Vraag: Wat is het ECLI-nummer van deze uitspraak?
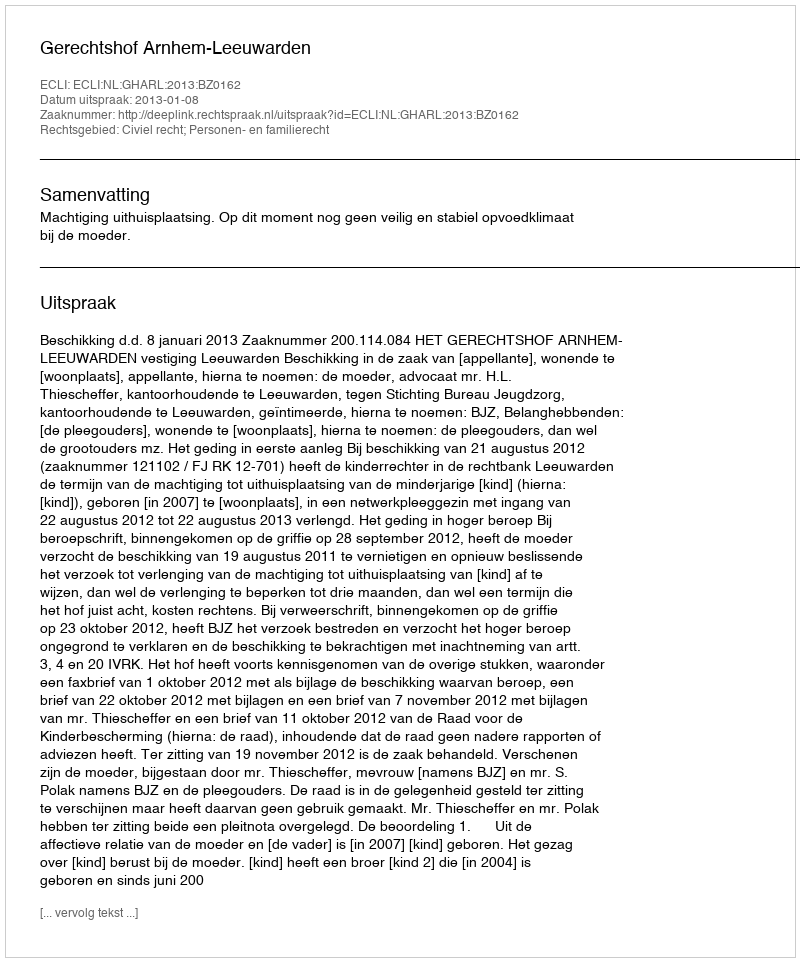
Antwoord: ECLI:NL:GHARL:2013:BZ0162